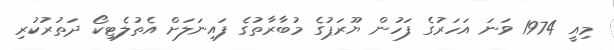
މިއީ 1974 ވަނަ އަހަރުގެ ފަހުން ޔޫރަޕުގެ މުބާރާތުގެ ފައިނަލަށް އެތުލެޓިކޯ ދަތުރުކުރި